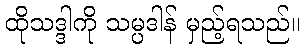
ထိုသဒ္ဒါကို သမ္ပဒါန် မှည့်ရသည်။